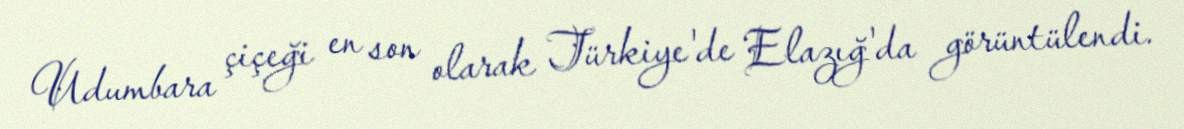
Udumbara çiçeği en son olarak Türkiye'de Elazığ'da görüntülendi.